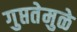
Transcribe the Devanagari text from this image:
गुप्ततेमुळे